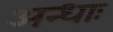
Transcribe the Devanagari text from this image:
अन्धाः